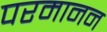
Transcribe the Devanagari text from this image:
परमानन